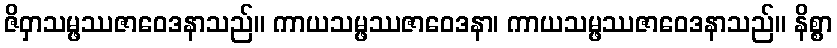
ဇိဝှာသမ္ဖဿဇာဝေဒနာသည်။ ကာယသမ္ဖဿဇာဝေဒနာ၊ ကာယသမ္ဖဿဇာဝေဒနာသည်။ နိစ္စာ